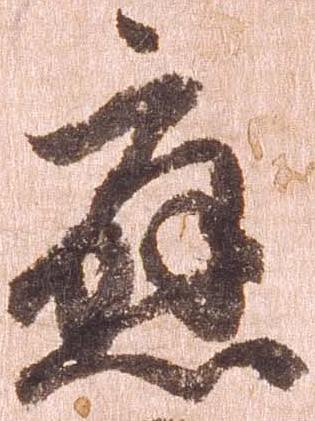
応